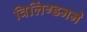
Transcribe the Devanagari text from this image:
विलिंग्डनने